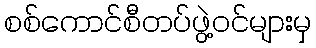
စစ်ကောင်စီတပ်ဖွဲ့ဝင်များမှ